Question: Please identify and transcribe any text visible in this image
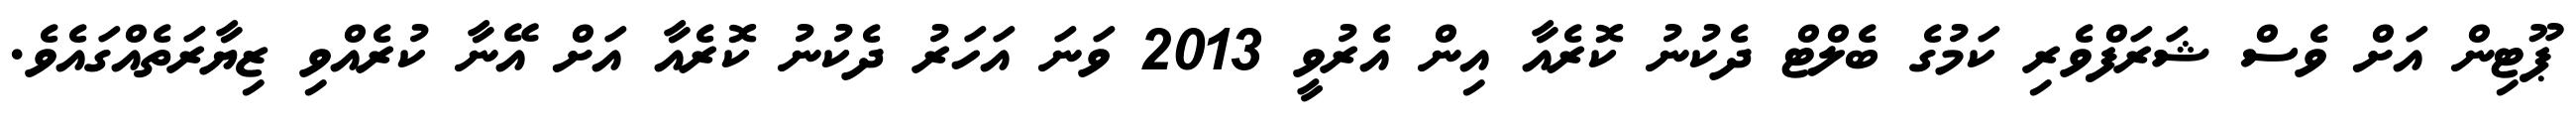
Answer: ޕޫޓިން އަށް ވެސް ޝަރަފްވެރި ކަމުގެ ބެލްޓް ދެކުނު ކޮރެއާ އިން އެރުވީ 2013 ވަނަ އަހަރު ދެކުނު ކޮރެއާ އަށް އޭނާ ކުރެއްވި ޒިޔާރަތެއްގައެވެ.